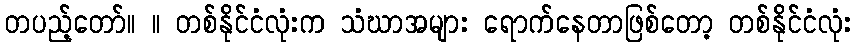
တပည့်တော်။ ။ တစ်နိုင်ငံလုံးက သံဃာအများ ရောက်နေတာဖြစ်တော့ တစ်နိုင်ငံလုံး